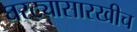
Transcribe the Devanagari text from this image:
घरट्यासारखीच